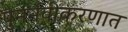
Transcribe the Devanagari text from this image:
पुनर्नवीकरणात